Scottish Certificate of Education, 1963
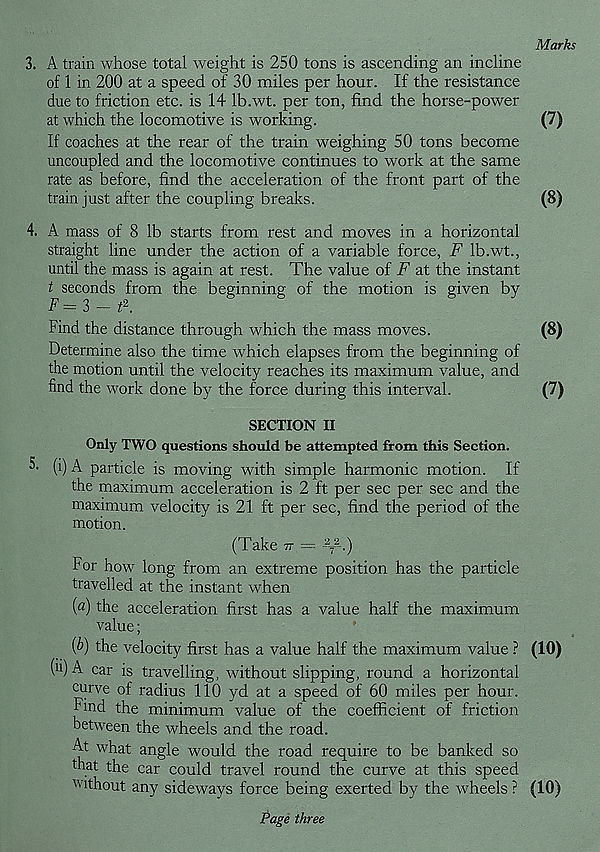
Marks
3. A train whose total weight is 250 tons is ascending an incline
of 1 in 200 at a speed of 30 miles per hour. If the resistance
due to friction etc. is 14 Ib.wt. per ton, find the horse-power
at which the locomotive is working.
(7)
If coaches at the rear of the train weighing 50 tons become
uncoupled and the locomotive continues to work at the same
rate as before, find the acceleration of the front part of the
train just after the coupling breaks.
(8)
4. A mass of 8 lb starts from rest and moves in a horizontal
straight line under the action of a variable force, F Ib.wt.,
until the mass is again at rest. The value of F at the instant
t seconds from the beginning of the motion is given by
F=3 — t 2 .
Find the distance through which the mass moves.
Determine also the time which elapses from the beginning of
the motion until the velocity reaches its maximum value, and
find the work done by the force during this interval.
(8)
(7)
SECTION II
Only TWO questions should be attempted from this Section.
(i) A particle is moving with simple harmonic motion. If
the maximum acceleration is 2 ft per sec per sec and the
maximum velocity is 21 ft per sec, find the period of the
motion.
(Take v = - 7 -.)
For how long from an extreme position has the particle
travelled at the instant when
(a) the acceleration first has a value half the maximum
value;
{b) the velocity first has a value half the maximum value ? (10)
( u ) ^ car is travelling, without slipping, round a horizontal
curve of radius 110 yd at a speed of 60 miles per hour,
find the minimum value of the coefficient of friction
between the wheels and the road.
At what angle would the road require to be banked so
that the car could travel round the curve at this speed
without any sideways force being exerted by the wheels ? (10)
Page three